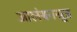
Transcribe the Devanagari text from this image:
आलंबनसूत्र